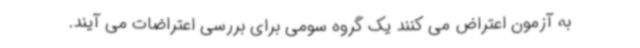
به آزمون اعتراض می کنند یک گروه سومی برای بررسی اعتراضات می آیند.